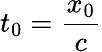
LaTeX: t_{0}=\frac{x_{0}}{c}